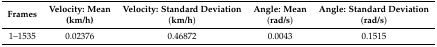
<table><thead><tr><td><b>Frames</b></td><td><b>Velocity: Mean (km/h)</b></td><td><b>Velocity: Standard Deviation (km/h)</b></td><td><b>Angle: Mean (rad/s)</b></td><td><b>Angle: Standard Deviation (rad/s)</b></td></tr></thead><tbody><tr><td>1–1535</td><td>0.02376</td><td>0.46872</td><td>0.0043</td><td>0.1515</td></tr></tbody></table>